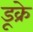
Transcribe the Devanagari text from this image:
डूक्रे